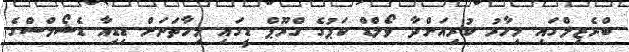
ބްރެޒިލްގައި މިހާރު ކުރިއަށްދާ ވޯލްޑް ކަޕުގެ ގްރޫޕް ޑީގައި މިހާތަނަށް ޑިޑިއާ ޑެޝޯމްސްގެ